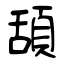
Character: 頢